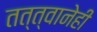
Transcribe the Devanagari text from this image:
तत्त्वानेही